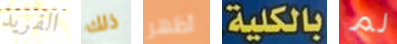
الفريد ذلك أظهر بالكلية. لم